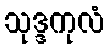
သုဒ္ဒကုလံ